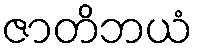
ဇာတိဘယံ